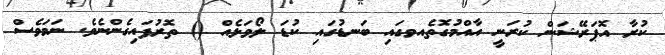
ކުރާ އޮޕަރޭޝަން ކުރަނީ އާއްމުގޮތެއވގައި ބަނޑުގައި ކުޑަ ލޯވަޅެއް () ތޮރުފައިގެންނެވެ. ނަމަވެސް